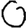
Digit: 0